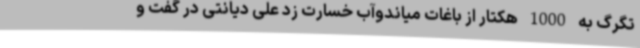
تگرگ به 1000 هکتار از باغات میاندوآب خسارت زد علی دیانتی در گفت و